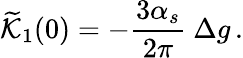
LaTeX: \widetilde{\cal K}_{1}(0)=-{\frac{3\alpha_{s}}{2\pi}}~\Delta g\, .